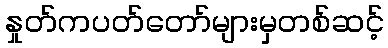
နှုတ်ကပတ်တော်များမှတစ်ဆင့်